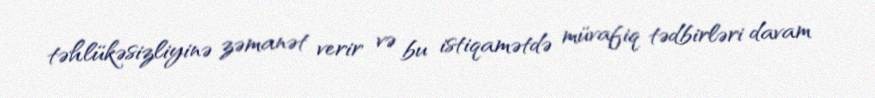
təhlükəsizliyinə zəmanət verir və bu istiqamətdə müvafiq tədbirləri davam